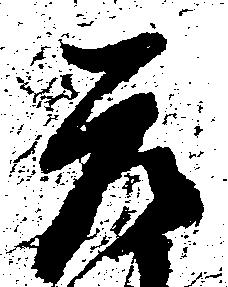
元